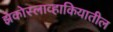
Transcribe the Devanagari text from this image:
झेकोस्लाव्हाकियातील